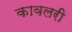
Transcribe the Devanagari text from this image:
कावलरी